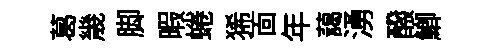
葛㡬脚暇蜷狶靣年藹湧醱鯽